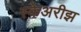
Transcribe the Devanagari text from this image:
स्केअरीझ